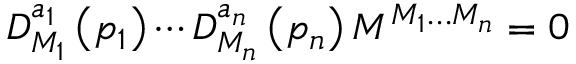
D _ { M _ { 1 } } ^ { a _ { 1 } } \left( p _ { 1 } \right) \cdots D _ { M _ { n } } ^ { a _ { n } } \left( p _ { n } \right) { \cal M } ^ { M _ { 1 } \dots M _ { n } } = 0